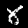
Label: 8